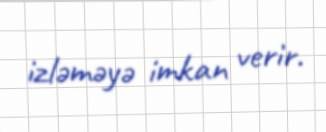
izləməyə imkan verir.